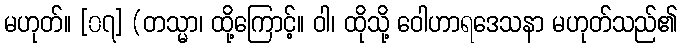
မဟုတ်။ [၀၇] (တသ္မာ၊ ထို့ကြောင့်။ ဝါ၊ ထိုသို့ ဝေါဟာရဒေသနာ မဟုတ်သည်၏